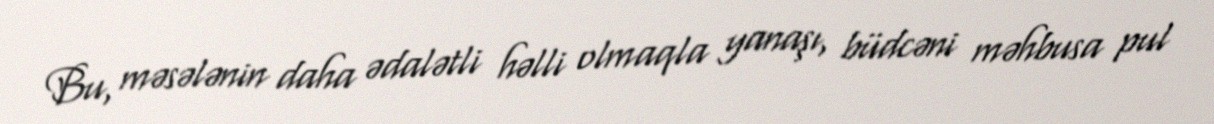
Bu, məsələnin daha ədalətli həlli olmaqla yanaşı, büdcəni məhbusa pul